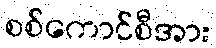
စစ်ကောင်စီအား